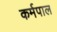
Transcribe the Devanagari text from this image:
कर्मपाल